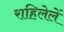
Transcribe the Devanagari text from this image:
राहिलेलें